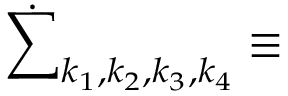
\dot { \sum } _ { k _ { 1 } , k _ { 2 } , k _ { 3 } , k _ { 4 } } \equiv